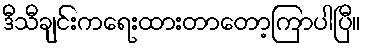
ဒီသီချင်းကရေးထားတာတော့ကြာပါပြီ။